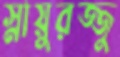
স্নায়ুরজ্জু